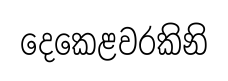
දෙකෙළවරකිනි